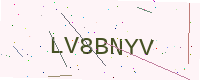
Text: LV8BNYV